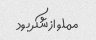
مملو از شکر بود